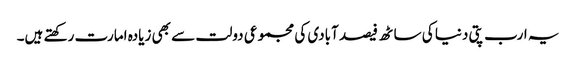
یہ ارب پتی دنیا کی ساٹھ فیصد آبادی کی مجموعی دولت سے بھی زیادہ امارت رکھتے ہیں۔